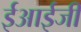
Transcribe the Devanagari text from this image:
ईआईजी